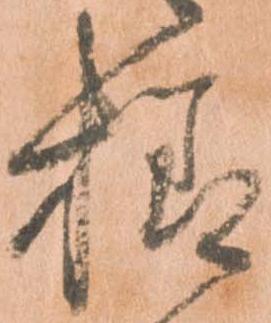
様